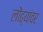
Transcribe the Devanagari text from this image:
लोंढ्यांवर